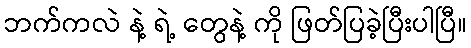
ဘက်ကလဲ နဲ့ ရဲ့ တွေနဲ့ ကို ဖြတ်ပြခဲ့ပြီးပါပြီ။